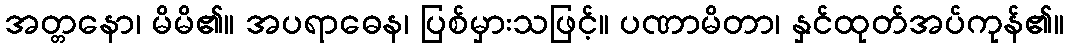
အတ္တနော၊ မိမိ၏။ အပရာဓေန၊ ပြစ်မှားသဖြင့်။ ပဏာမိတာ၊ နှင်ထုတ်အပ်ကုန်၏။